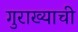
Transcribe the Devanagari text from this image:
गुराख्याची